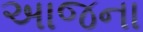
અાજના